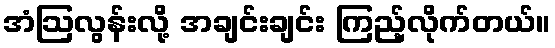
အံဩလွန်းလို့ အချင်းချင်း ကြည့်လိုက်တယ်။